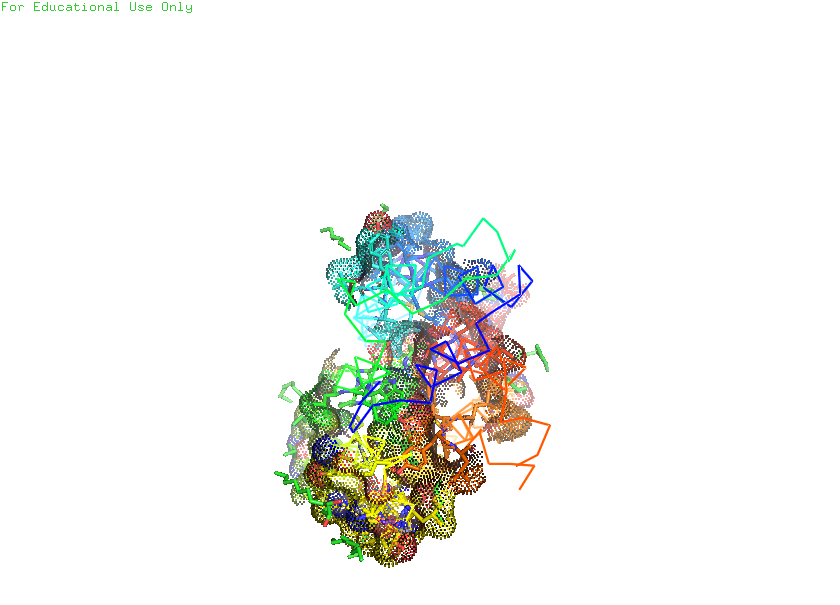
pymol, preset, ligand_sites_dots